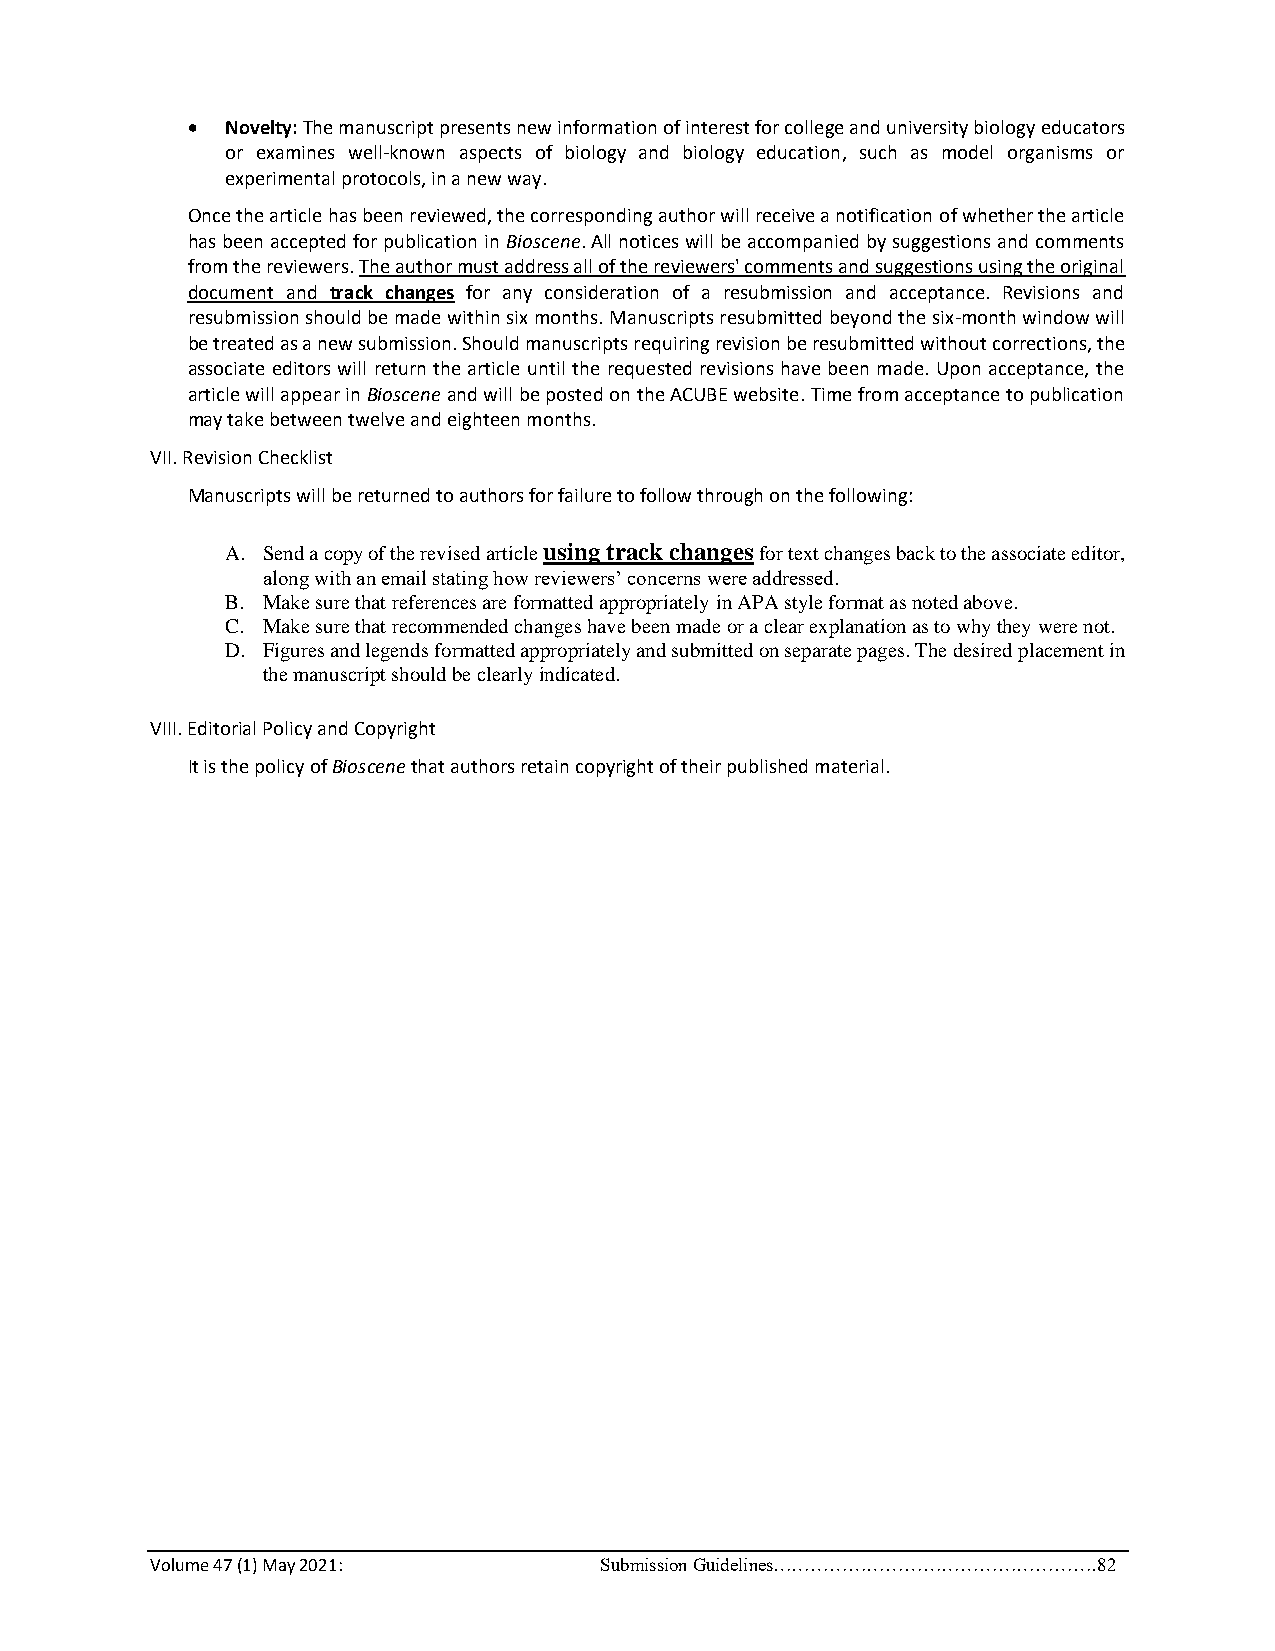
•  Novelty: The manuscript presents new information of interest for college and university biology educators
 or examines well-known aspects of biology and biology education, such as model organisms or
 experimental protocols, in a new way.
 Once the article has been reviewed, the corresponding author will receive a notification of whether the article
 has been accepted for publication in Bioscene. All notices will be accompanied by suggestions and comments
 from the reviewers. The author must address all of the reviewers' comments and suggestions using the original
 document and track changes for any consideration of a resubmission and acceptance. Revisions and
 resubmission should be made within six months. Manuscripts resubmitted beyond the six-month window will
 be treated as a new submission. Should manuscripts requiring revision be resubmitted without corrections, the
 associate editors will return the article until the requested revisions have been made. Upon acceptance, the
 article will appear in Bioscene and will be posted on the ACUBE website. Time from acceptance to publication
 may take between twelve and eighteen months.
 VII. Revision Checklist
 Manuscripts will be returned to authors for failure to follow through on the following:
 A. Send a copy of the revised article using track changes for text changes back to the associate editor,
 along with an email stating how reviewers’ concerns were addressed.
 B. Make sure that references are formatted appropriately in APA style format as noted above.
 C. Make sure that recommended changes have been made or a clear explanation as to why they were not.
 D. Figures and legends formatted appropriately and submitted on separate pages. The desired placement in
 the manuscript should be clearly indicated.
 VIII. Editorial Policy and Copyright
 It is the policy of Bioscene that authors retain copyright of their published material.
 Volume 47 (1) May 2021:       Submission Guidelines…………………………………………….82